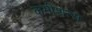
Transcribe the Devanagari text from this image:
कमीशन्स